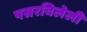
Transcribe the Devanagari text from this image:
पसरविलेली